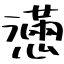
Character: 懣